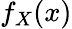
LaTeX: f_{X}(x)